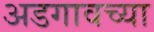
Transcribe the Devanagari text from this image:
अडगावच्या